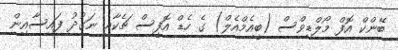
ބޭންކް އޮފް މޯލްޑިވްސް (ބީއެމްއެލް) ގެ ހެޑް އޮފީސް ޗެކާއި ނަގުދު ފައިސާއިން